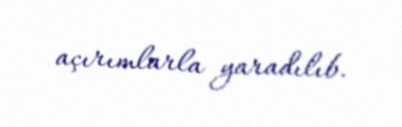
açırımlarla yaradılıb.